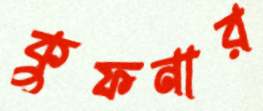
কুফনার